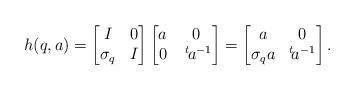
LaTeX: \begin{align*}h(q,a)= \bmatrix I&0\\ \sigma_q&I\endbmatrix\bmatrix a&0\\0&\;^t\!a^{-1}\endbmatrix=\bmatrix a&0\\ \sigma_qa&^t\!a^{-1}\endbmatrix.\end{align*}